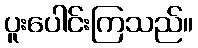
ပူးပေါင်းကြသည်။